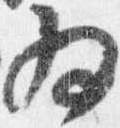
為